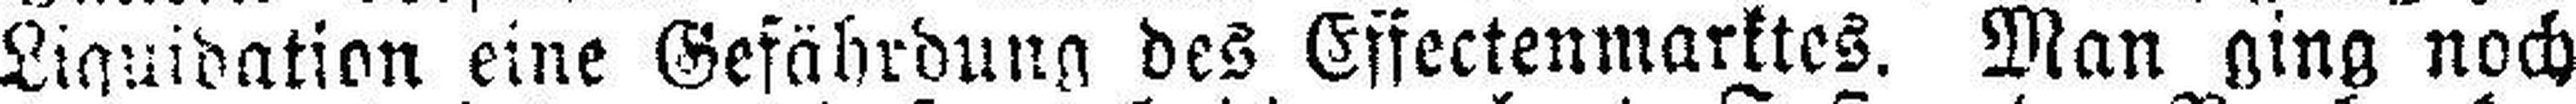
Liquidation eine Gefährdung des Effectenmarktes. Man ging noch